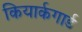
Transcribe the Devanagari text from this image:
कियार्कगार्ड